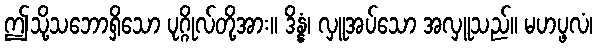
ဤသို့သဘောရှိသော ပုဂ္ဂိုလ်တို့အား။ ဒိန္နံ၊ လှူအပ်သော အလှူသည်။ မဟပ္ဖလံ၊